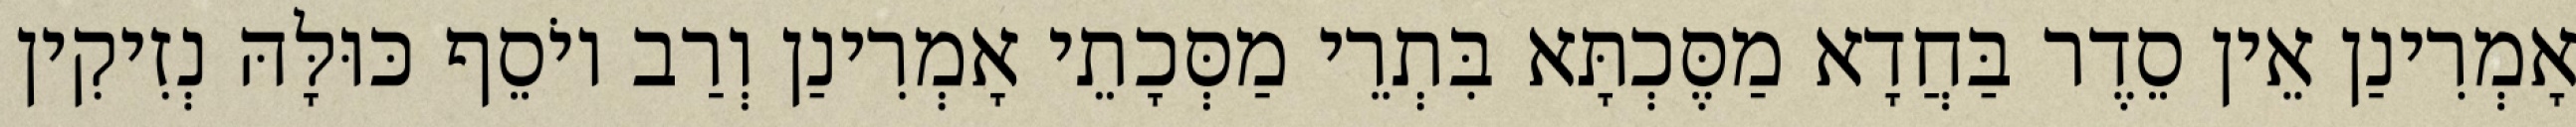
אָמְרִינַן אֵין סֵדֶר בַּחֲדָא מַסֶּכְתָּא בִּתְרֵי מַסְּכָתֵי אָמְרִינַן וְרַב יוֹסֵף כּוּלָּהּ נְזִיקִין